Report on plague and inoculation in the Punjab from October 1st ... to September 30th..., being the ... season of plague in the province
Disease focus: Plague
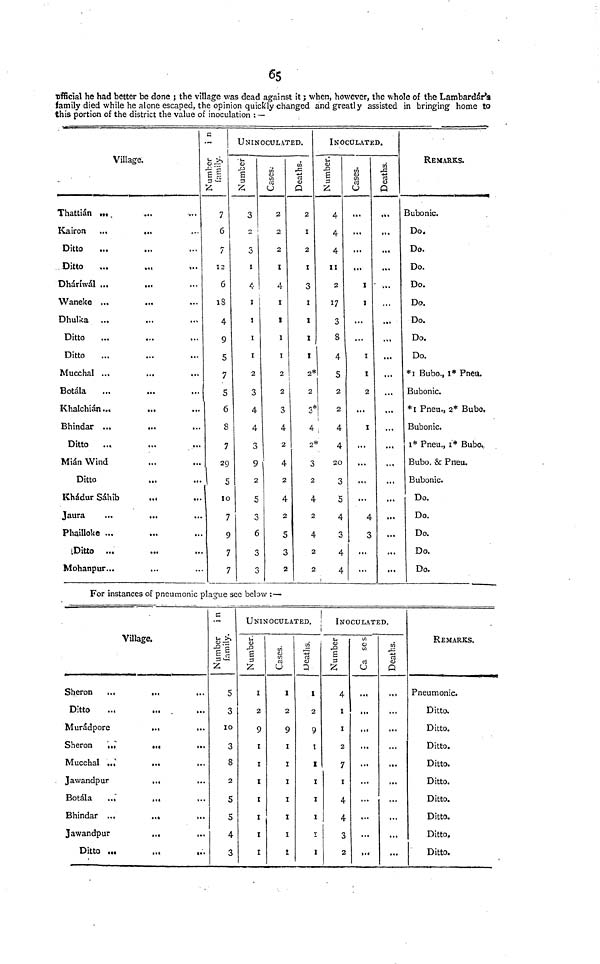
65
Official he had better be done ; the village was dead against it ; when, however, the whole of the Lambardas
family died while he alone escaped, the opinion quickly changed and greatly assisted in bringing home to
this portion of the district the value of inoculation : —
Village.
Thattian
Kairon
Ditto
Ditto
Dhariwal
Waneke
Dhulka
Ditto
Ditto
Mucchal
Botala
Khalchian
Bhindar
Ditto
Mian Wind
Ditto
Khadur Sahib
J aura
Phailloke
Ditto
Mohanpur
...
...
...
...
...
...
...
...
...
...
...
...
...
...
...
e ...
...
...
...
...
...
...
...
...
...
...
...
...
...
...
...
...
...
...
...
...
...
...
...
...
...
...
...
...
...
...
...
...
...
...
...
...
...
...
...
...
...
...
...
••
Number in family
7
6
7
12
6
18
4
9
5
7
5
6
8
7
29
5
10
7
9
7
7
UNINOCULATED.
Number
3
2
3
1
4
1
1
1
1
2
3
4
4
3
9
2
5
3
6
3
3
Cases;
2
2
2
1
4
1
1
1
1
2
2
3
4
2
4
2
4
2
5
3
2
Deaths. ]
2
1
2
1
3
1
1
1
1
2*
2
3*
4
2
3
2
4
2
4
2
2
INOCULATED.
Number.
4
4
4
11
2
17
3
8
4
5
2
2
4
4
20
3
5
3
4
4
Cases.
...
...
...
...
1
1
...
...
1
1
2
...
1
...
...
...
...
4
3
...
...
Deaths.
...
...
...
...
...
...
...
...
...
...
...
...
...
...
...
...
...
...
...
...
...
REMARKS.
Bubonic.
Do.
Do.
Do.
Do.
Do.
Do.
Do.
Do.
*1 Bubo., 1* Pneu.
Bubonic.
* 1 Pneu., 2* Bubo,
Bubonic.
l* Pneu., 1* Bubo,,
Bubo. & Pneu.
Bubonic.
Do.
Do.
Do.
Do.
Do.
For instances of pneumonic plague see below :—
Sheron
Ditto
Muradpore
Sheron
Mucchal
Jawandpur
Botala
Bhindar
Jawandpu
Ditto
Village.
...
...
e
...
...
r
...
...
r
...
...
....
...
...
...
...
...
...
...
...
...
...
...
...
...
...
...
...
...
...
Number in family
5
3
10
3
8
2
5
5
4
3
UNINOCULATED.
Number.
1
2
9
1
1
1
1
1
1
I
Cases.
1
2
9
1
1
1
1
1
1
1
Deaths.
1
2
9
1
1
1
1
1
1
1
INOCULATED.
Number
4
1
1
2
7
1
4
4
3
2
Ca ses
...
...
...
...
...
...
...
...
...
...
Deaths.
...
...
...
...
...
...
...
...
...
...
REMARKS.
Pneumonic.
Ditto.
Ditto.
Ditto.
Ditto.
Ditto.
Ditto.
Ditto.
Ditto,
Ditto.